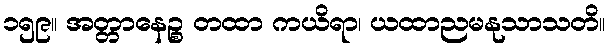
၁၅၉။ အတ္တာနေဉ္စ တထာ ကယိရာ၊ ယထာညမနုသာသတိ။